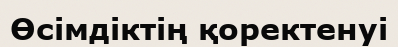
Өсімдіктің қоректенуі